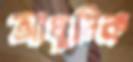
আধুনিক